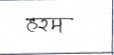
मजकूर: हरम